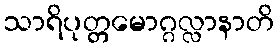
သာရိပုတ္တမောဂ္ဂလ္လာနာတိ